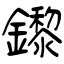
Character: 鑗